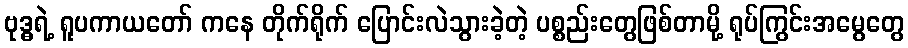
ဗုဒ္ဓရဲ့ ရူပကာယတော် ကနေ တိုက်ရိုက် ပြောင်းလဲသွားခဲ့တဲ့ ပစ္စည်းတွေဖြစ်တာမို့ ရုပ်ကြွင်းအမွေတွေ